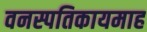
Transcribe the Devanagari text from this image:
वनस्पतिकायमाह